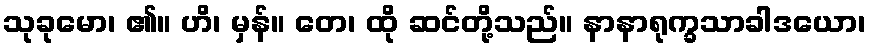
သုခုမော၊ ၏။ ဟိ၊ မှန်။ တေ၊ ထို ဆင်တို့သည်။ နာနာရုက္ခသာခါဒယော၊